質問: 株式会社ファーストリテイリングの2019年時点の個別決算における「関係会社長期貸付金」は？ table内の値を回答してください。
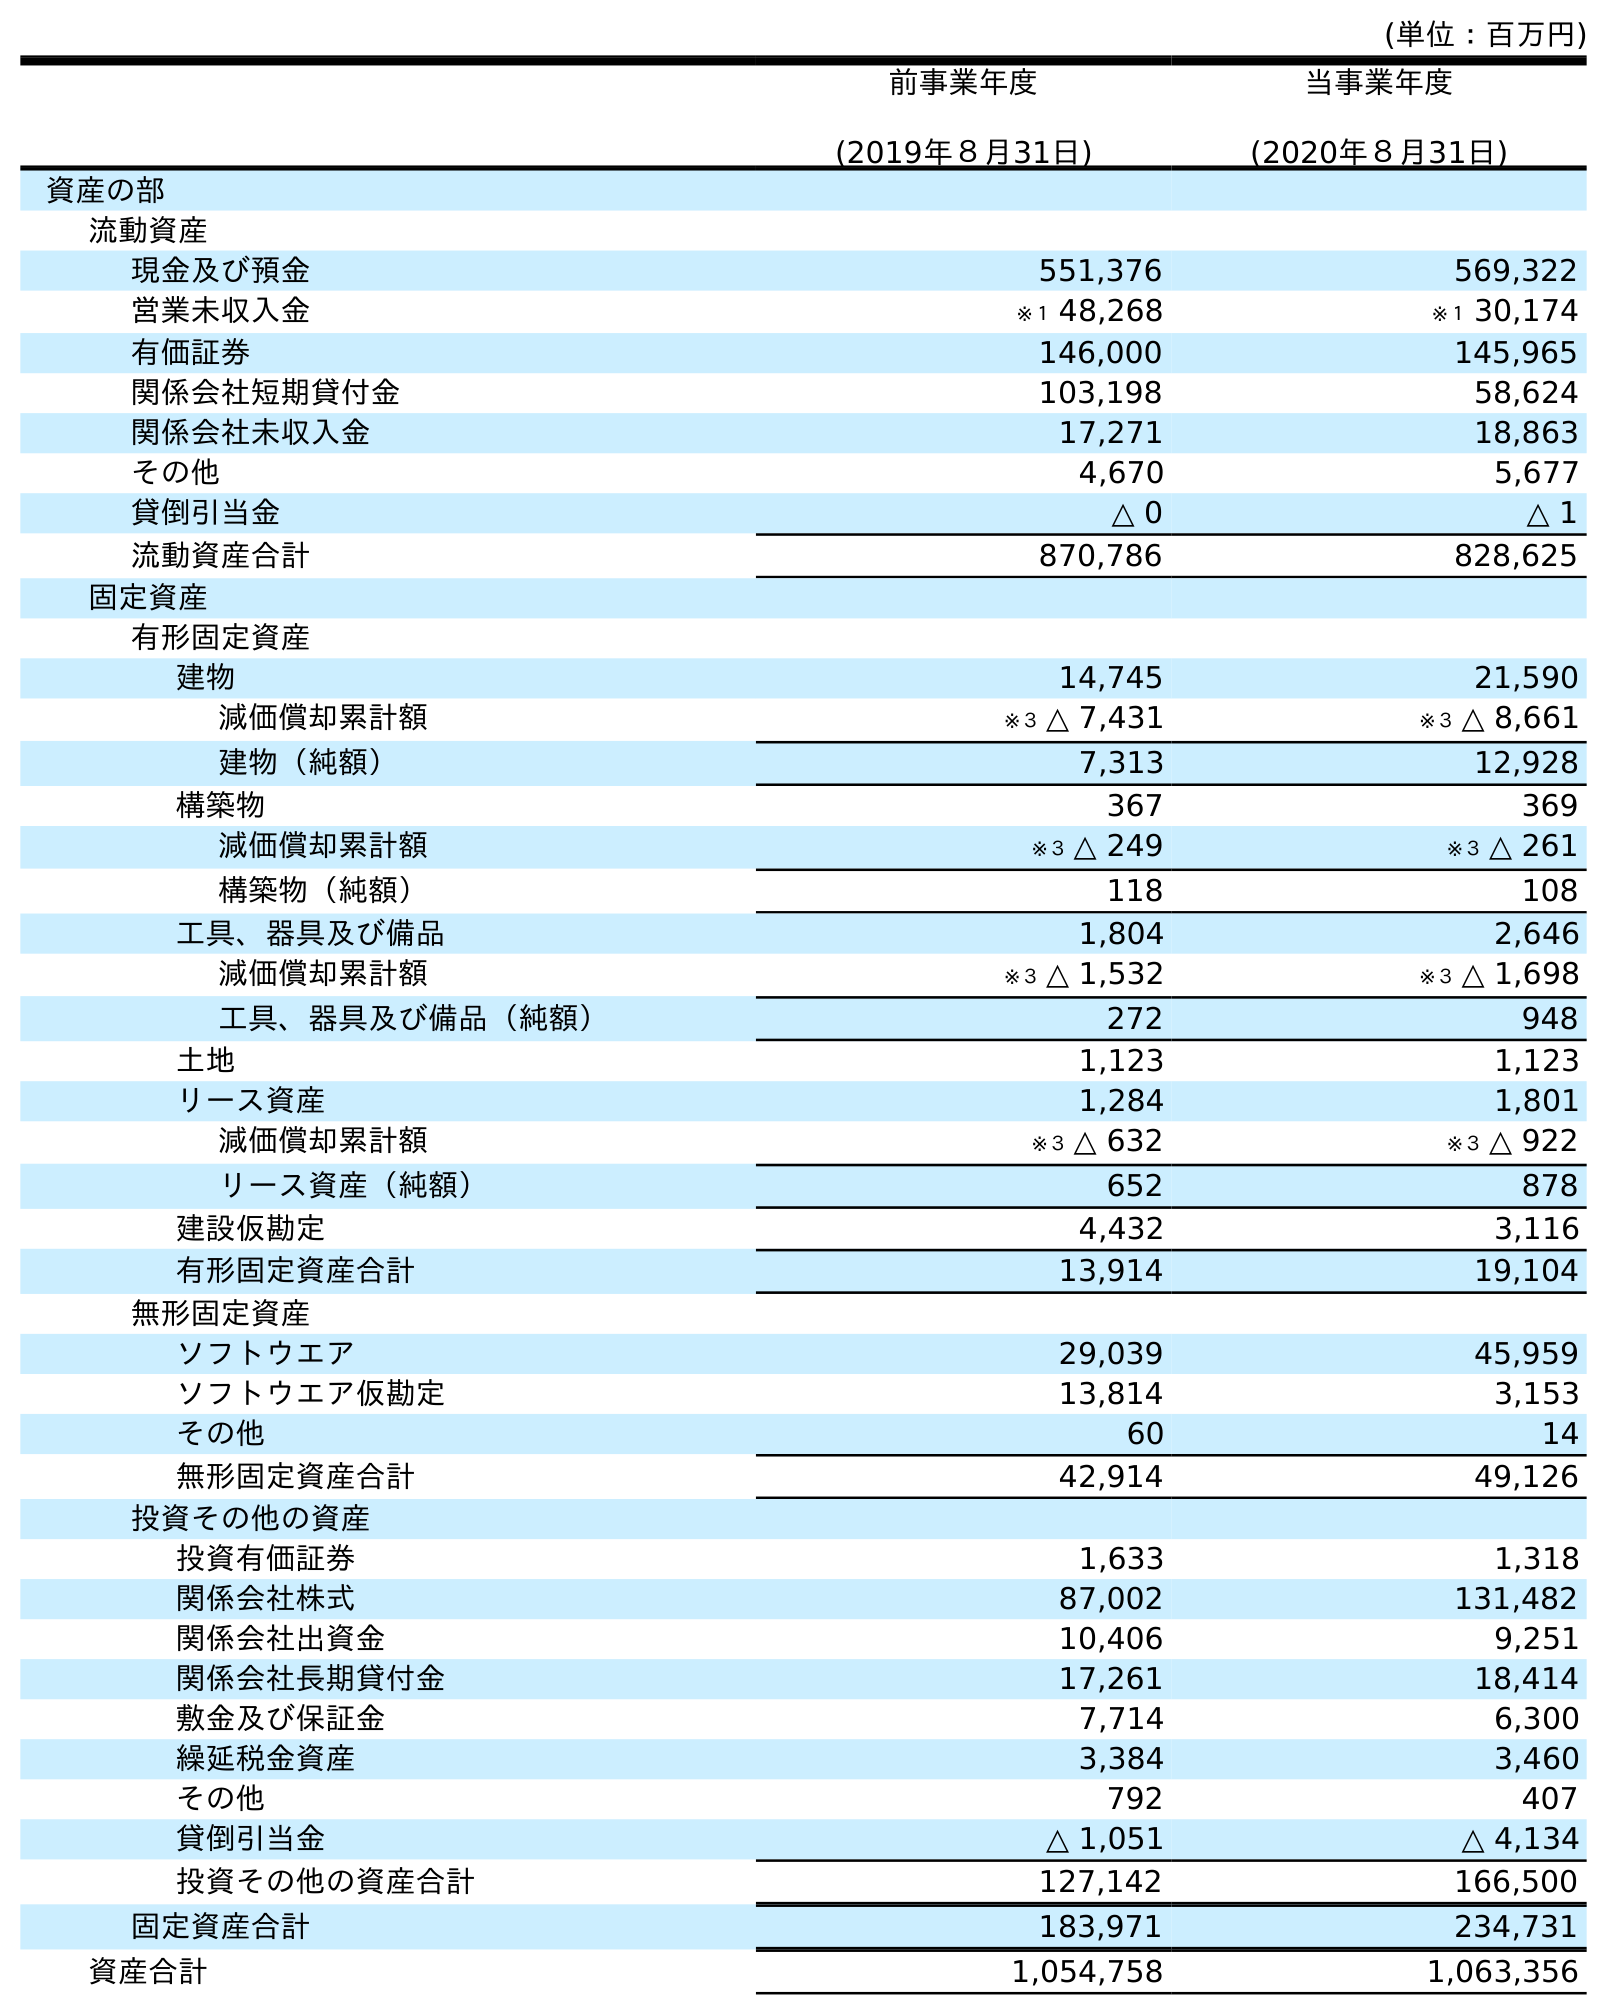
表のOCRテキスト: (単位：百万円) 前事業年度 (2019年８月31日) 当事業年度 (2020年８月31日) 資産の部 流動資産 現金及び預金 551,376 569,322 営業未収入金 ※１ 48,268 ※１ 30,174 有価証券 146,000 145,965 関係会社短期貸付金 103,198 58,624 関係会社未収入金 17,271 18,863 その他 4,670 5,677 貸倒引当金 △ 0 △ 1 流動資産合計 870,786 828,625 固定資産 有形固定資産 建物 14,745 21,590 減価償却累計額 ※３ △ 7,431 ※３ △ 8,661 建物（純額） 7,313 12,928 構築物 367 369 減価償却累計額 ※３ △ 249 ※３ △ 261 構築物（純額） 118 108 工具、器具及び備品 1,804 2,646 減価償却累計額 ※３ △ 1,532 ※３ △ 1,698 工具、器具及び備品（純額） 272 948 土地 1,123 1,123 リース資産 1,284 1,801 減価償却累計額 ※３ △ 632 ※３ △ 922 リース資産（純額） 652 878 建設仮勘定 4,432 3,116 有形固定資産合計 13,914 19,104 無形固定資産 ソフトウエア 29,039 45,959 ソフトウエア仮勘定 13,814 3,153 その他 60 14 無形固定資産合計 42,914 49,126 投資その他の資産 投資有価証券 1,633 1,318 関係会社株式 87,002 131,482 関係会社出資金 10,406 9,251 関係会社長期貸付金 17,261 18,414 敷金及び保証金 7,714 6,300 繰延税金資産 3,384 3,460 その他 792 407 貸倒引当金 △ 1,051 △ 4,134 投資その他の資産合計 127,142 166,500 固定資産合計 183,971 234,731 資産合計 1,054,758 1,063,356
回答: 17,261